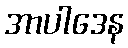
အာပါဒေန